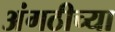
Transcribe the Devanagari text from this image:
अंगठीच्या